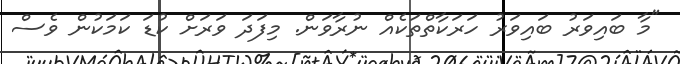
"މާ ބައިވަރު ބައިވަރު ހަރަކާތްތަކެއް ނުރާވަން. މިފަދަ ވަރަށް ކުޑަ ކަމަކުން ވެސް